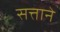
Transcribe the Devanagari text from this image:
सत्ताने